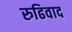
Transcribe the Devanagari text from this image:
रुढिवाद